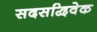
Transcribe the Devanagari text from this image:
सदसद्विवेक